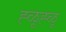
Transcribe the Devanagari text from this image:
ह्ळूह्ळू